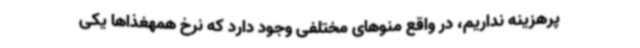
پرهزینه نداریم، در واقع منوهای مختلفی وجود دارد که نرخ همهغذاها یکی